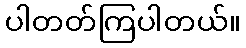
ပါတတ်ကြပါတယ်။